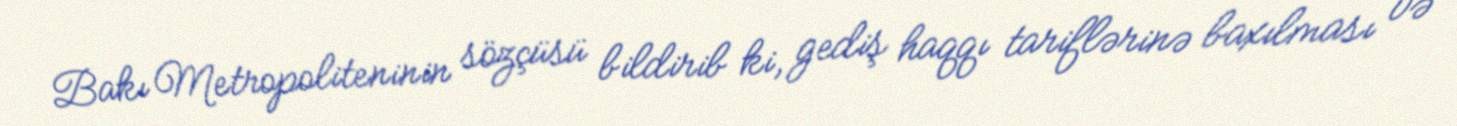
Bakı Metropoliteninin sözçüsü bildirib ki, gediş haqqı tariflərinə baxılması və